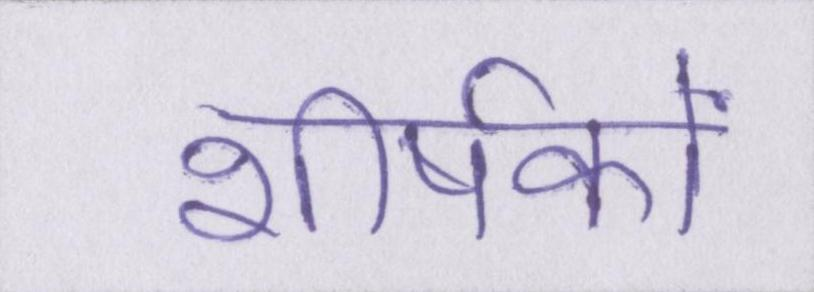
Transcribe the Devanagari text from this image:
शीर्षकों